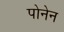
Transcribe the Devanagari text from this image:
पोनेन